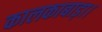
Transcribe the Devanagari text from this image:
कालकाबाड़ा।